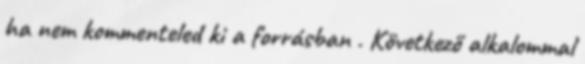
ha nem kommenteled ki a forrásban . Következő alkalommal